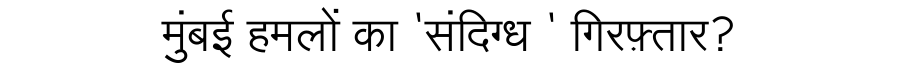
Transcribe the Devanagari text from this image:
मुंबई हमलों का 'संदिग्ध ' गिरफ़्तार?